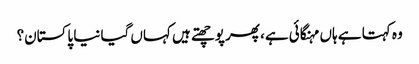
وہ کہتا ہے ہاں مہنگائی ہے، پھر پوچھتے ہیں کہاں گیا نیا پاکستان؟